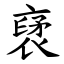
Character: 裦